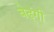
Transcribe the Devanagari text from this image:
बेढ्ंगी